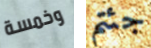
وخمسة جئتم